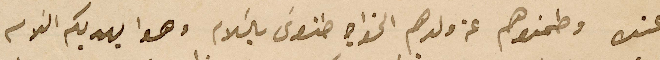
اين عنده وطمنوهم عن ولدهم الخواجه طنوسَ بالسَلام وهوا يهديكم السَلام